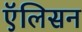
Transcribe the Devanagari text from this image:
एॅलिसन